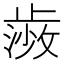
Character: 𭭰